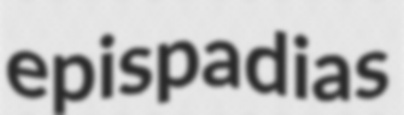
epispadias